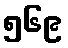
၅၆၉